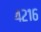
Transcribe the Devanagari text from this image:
४२१६